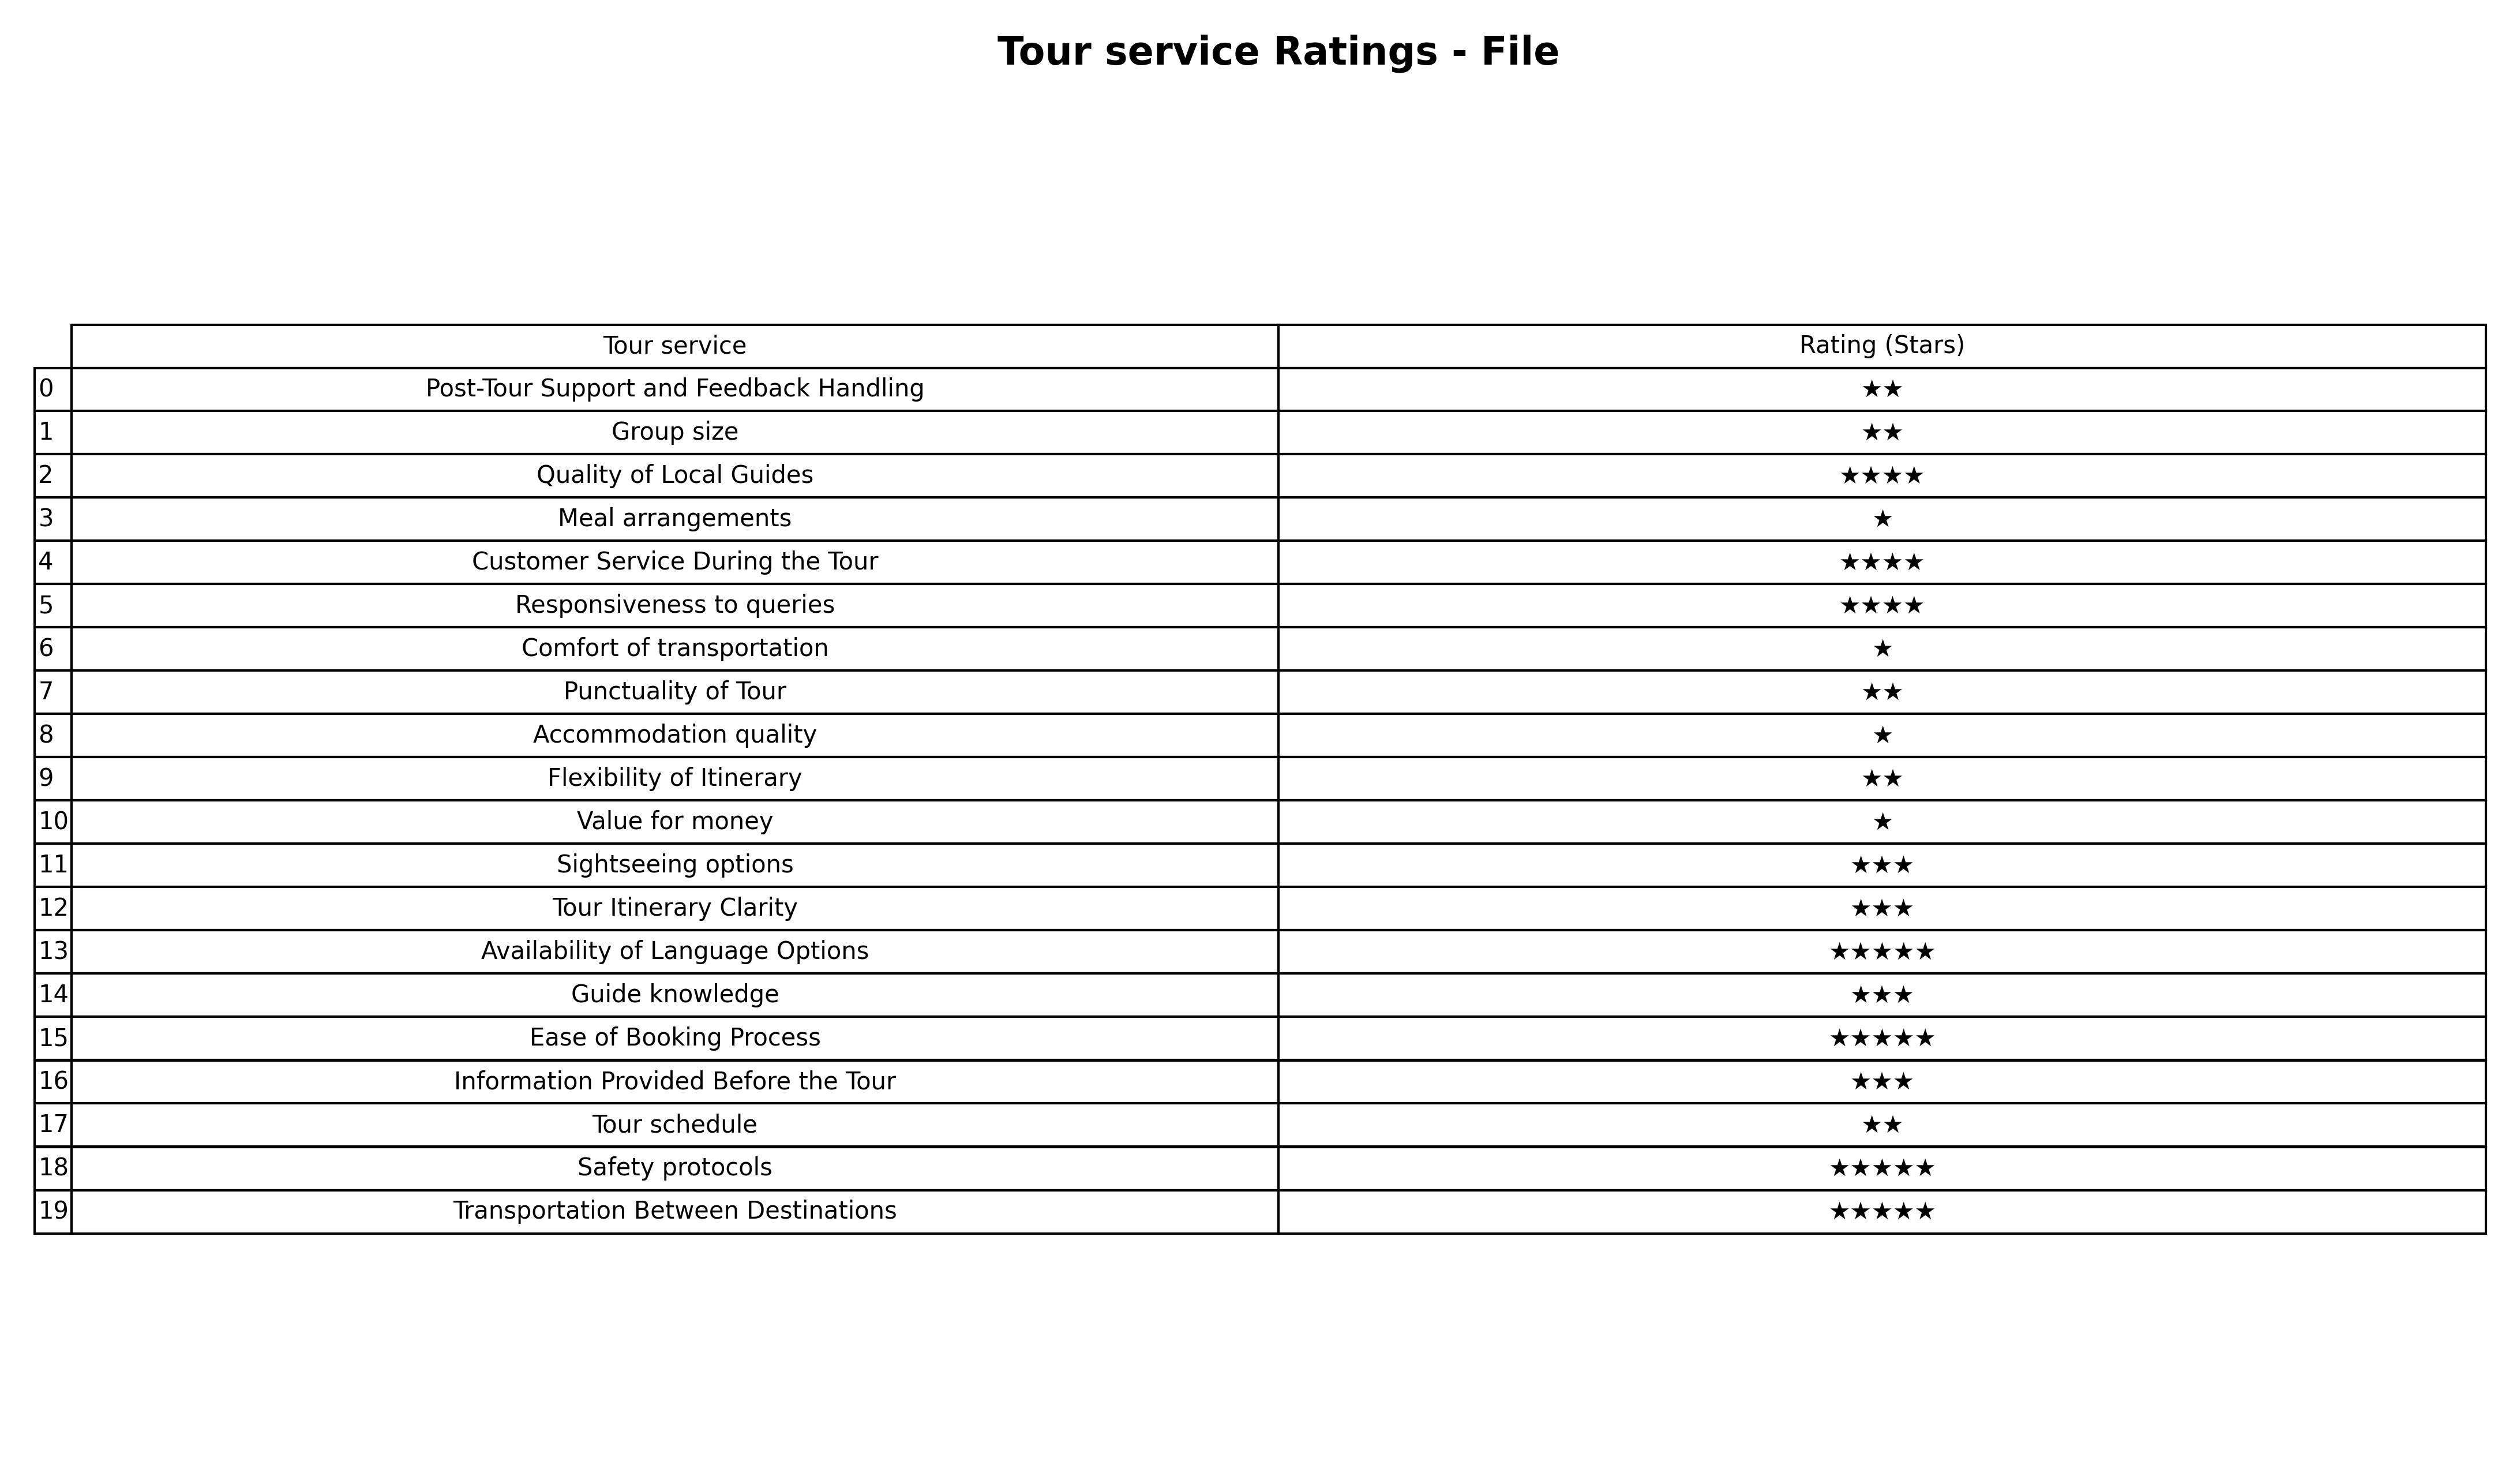
question: What is the rating of Accommodation quality?
answer: ★